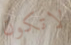
لاتكون